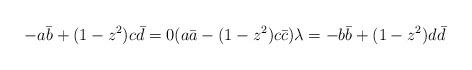
LaTeX: \begin{align*}-a\bar b+(1-z^2)c\bar d=0 (a\bar a-(1-z^2)c\bar c)\lambda=-b\bar b+(1-z^2)d\bar d\end{align*}